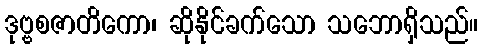
ဒုဗ္ဗစဇာတိကော၊ ဆိုနိုင်ခက်သော သဘောရှိသည်။